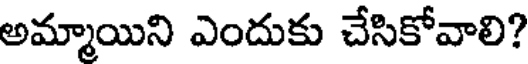
అమ్మాయిని ఎందుకు చేసికోవాలి?